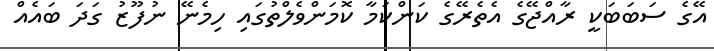
އޭގެ ސަބަބަކީ ރާއްޖޭގެ އެތެރޭގެ ކަންކަމާ ކޮމަންވެލްތުގައި ހިމެނޭ ނުފޫޒު ގަދަ ބައެއް